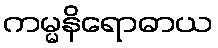
ကမ္မနိရောဓာယ